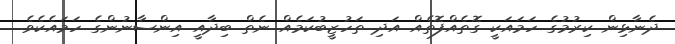
ދެނާޅިން ކިރުމުގެ ހަމައަކީ ގޮތެއްފޮތެއް އަދި ތަހުޒީބުކަމެއް ނެތް ބިދާއީ އިންސާނުންގެ ހަމައެކެވެ.